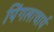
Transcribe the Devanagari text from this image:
पिंगलाचार्य